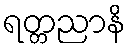
ရတ္တညာနိ